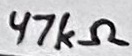
Text: 47kΩ